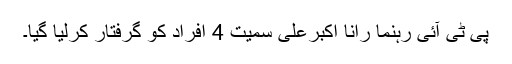
پی ٹی آئی رہنما رانا اکبرعلی سمیت 4 افراد کو گرفتار کرلیا گیا۔